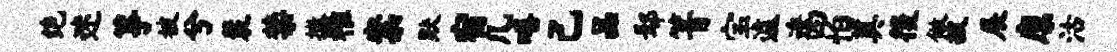
绝迷筝被兮裴禁撒稚案默宿几嘻己品鄢箐宝遽逶四怕奠後做披展廪沽